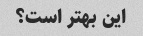
این بهتر است؟